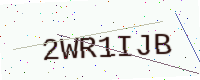
Text: 2WR1IJB